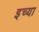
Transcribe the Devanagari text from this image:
इच्या